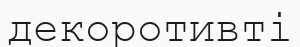
декоротивті